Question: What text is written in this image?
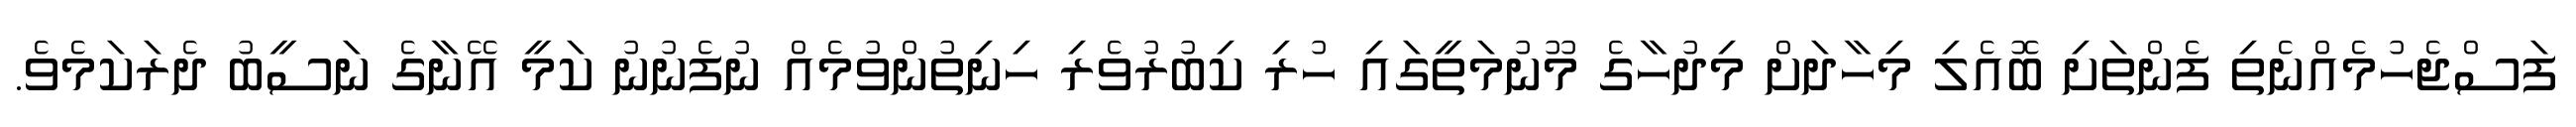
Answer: ފަސްޖެހުމެއްނެތި ފެންތަށި ބޮއެލި މިހާދަށް މިދުހާގެ މޫނުމަތީގައި ހުރި ކިބުރުވެރި ހިނިތުންވުމެއް ނުފެނުނު ކަމީ އޭނާގެ ނަސީބު ދެރަކަމެވެ.